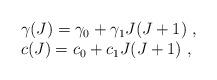
LaTeX: \begin{align*}\begin{array}{l}\gamma(J)=\gamma_0+\gamma_1J(J+1)~,\\c(J)=c_0+c_1J(J+1)~,\end{array}\end{align*}